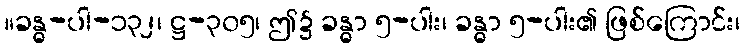
။ခန္ဓ-ပါ-၁၃၂၊ ဋ္ဌ-၃၀၅၊ ဤ၌ ခန္ဓာ ၅-ပါး၊ ခန္ဓာ ၅-ပါး၏ ဖြစ်ကြောင်း၊